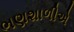
ભણશાળીએ